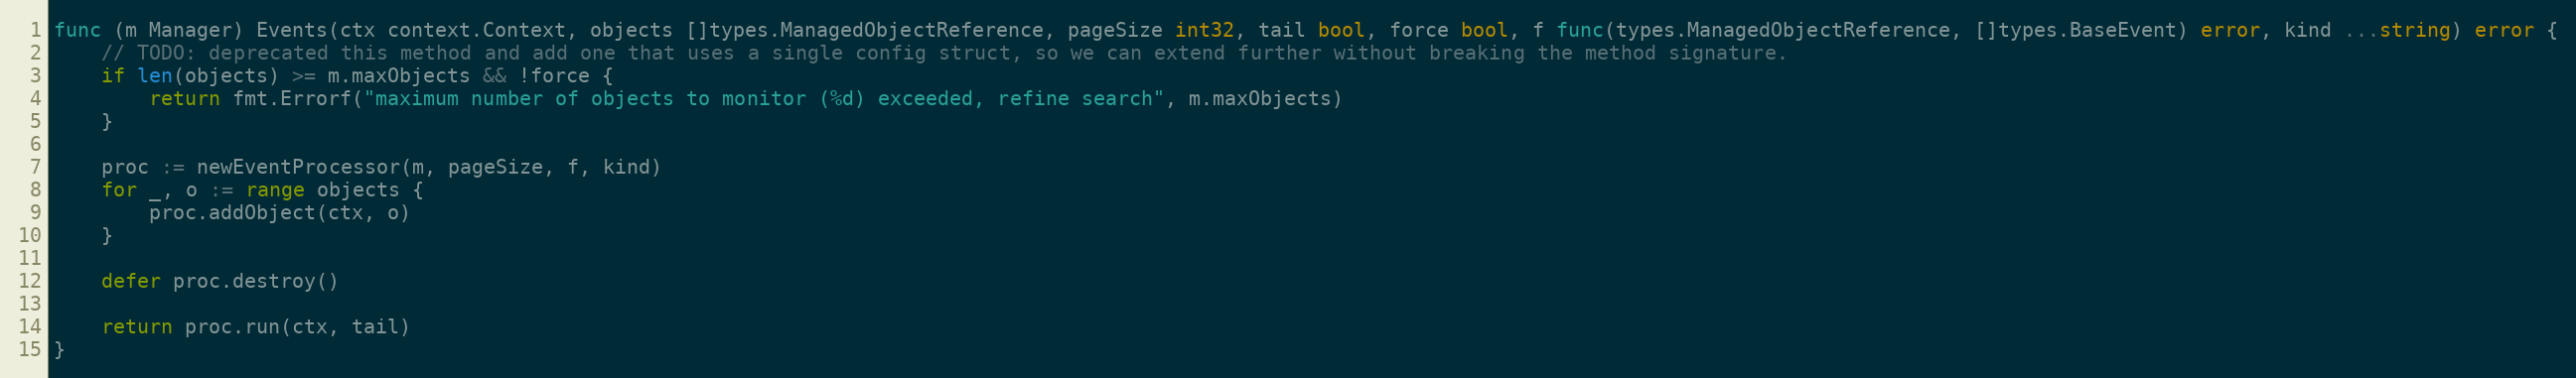
Language: Go
func (m Manager) Events(ctx context.Context, objects []types.ManagedObjectReference, pageSize int32, tail bool, force bool, f func(types.ManagedObjectReference, []types.BaseEvent) error, kind ...string) error {
	// TODO: deprecated this method and add one that uses a single config struct, so we can extend further without breaking the method signature.
	if len(objects) >= m.maxObjects && !force {
		return fmt.Errorf("maximum number of objects to monitor (%d) exceeded, refine search", m.maxObjects)
	}

	proc := newEventProcessor(m, pageSize, f, kind)
	for _, o := range objects {
		proc.addObject(ctx, o)
	}

	defer proc.destroy()

	return proc.run(ctx, tail)
}